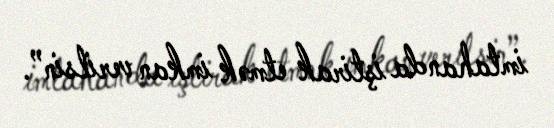
imtahanda iştirak etmək imkan verilsin”.